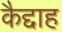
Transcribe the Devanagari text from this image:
कैद्दाह